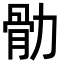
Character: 䯇